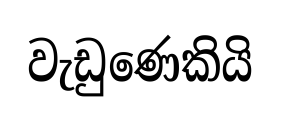
වැඩුණෙකියි